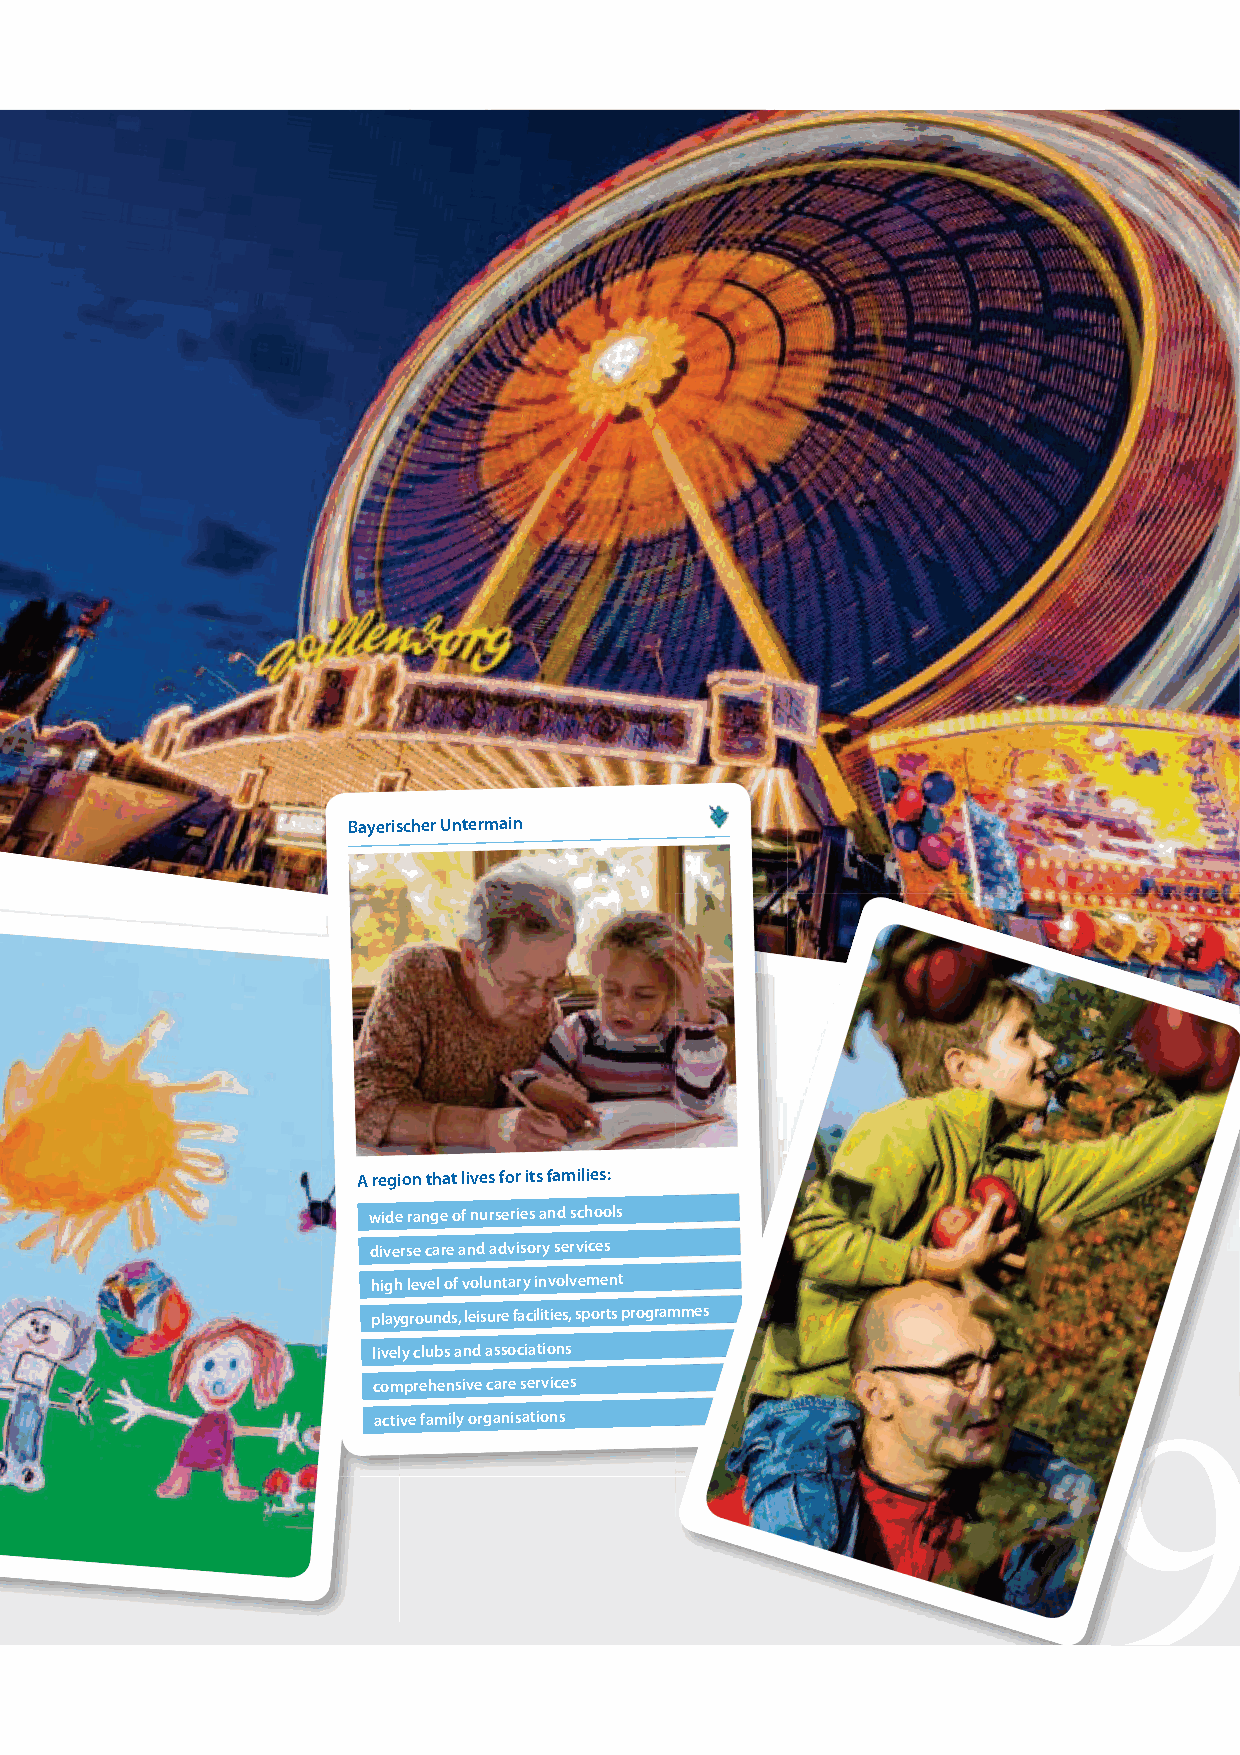
Bayerischer Untermain
 A region that lives for its families:
 wide range of nurseries and schools
 diverse care and advisory services
 high level of voluntary involvement
 playgrounds, leisure facilities, sports prograammmmeess
 9
 lively clubs and associations
 comprehensive care services
 active family organisations